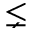
\lneq